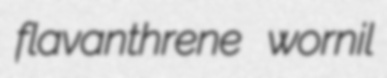
flavanthrene wornil